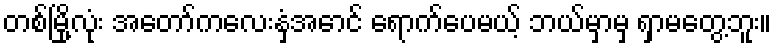
တစ်မြို့လုံး အတော်ကလေးနှံ့အောင် ရောက်ပေမယ့် ဘယ်မှာမှ ရှာမတွေ့ဘူး။